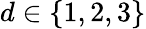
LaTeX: d\in\{ 1,2,3\}